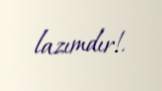
lazımdır!.